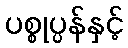
ပစ္စုပ္ပန်နှင့်